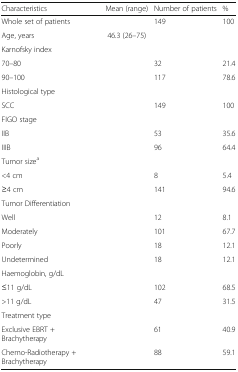
<table><thead><tr><td><b>Characteristics</b></td><td><b>Mean (range)</b></td><td><b>Number of patients</b></td><td><b>%</b></td></tr></thead><tbody><tr><td>Whole set of patients</td><td>[EMPTY_CELL]</td><td>149</td><td>100</td></tr><tr><td>Age, years</td><td>46.3 (26–75)</td><td>[EMPTY_CELL]</td><td>[EMPTY_CELL]</td></tr><tr><td>Karnofsky index</td><td>[EMPTY_CELL]</td><td>[EMPTY_CELL]</td><td>[EMPTY_CELL]</td></tr><tr><td>70–80</td><td>[EMPTY_CELL]</td><td>32</td><td>21.4</td></tr><tr><td>90–100</td><td>[EMPTY_CELL]</td><td>117</td><td>78.6</td></tr><tr><td>Histological type</td><td>[EMPTY_CELL]</td><td>[EMPTY_CELL]</td><td>[EMPTY_CELL]</td></tr><tr><td>SCC</td><td>[EMPTY_CELL]</td><td>149</td><td>100</td></tr><tr><td>FIGO stage</td><td>[EMPTY_CELL]</td><td>[EMPTY_CELL]</td><td>[EMPTY_CELL]</td></tr><tr><td>IIB</td><td>[EMPTY_CELL]</td><td>53</td><td>35.6</td></tr><tr><td>IIIB</td><td>[EMPTY_CELL]</td><td>96</td><td>64.4</td></tr><tr><td>Tumor size<sup>a</sup></td><td>[EMPTY_CELL]</td><td>[EMPTY_CELL]</td><td>[EMPTY_CELL]</td></tr><tr><td>&lt;4 cm</td><td>[EMPTY_CELL]</td><td>8</td><td>5.4</td></tr><tr><td>≥4 cm</td><td>[EMPTY_CELL]</td><td>141</td><td>94.6</td></tr><tr><td>Tumor Differentiation</td><td>[EMPTY_CELL]</td><td>[EMPTY_CELL]</td><td>[EMPTY_CELL]</td></tr><tr><td>Well</td><td>[EMPTY_CELL]</td><td>12</td><td>8.1</td></tr><tr><td>Moderately</td><td>[EMPTY_CELL]</td><td>101</td><td>67.7</td></tr><tr><td>Poorly</td><td>[EMPTY_CELL]</td><td>18</td><td>12.1</td></tr><tr><td>Undetermined</td><td>[EMPTY_CELL]</td><td>18</td><td>12.1</td></tr><tr><td>Haemoglobin, g/dL</td><td>[EMPTY_CELL]</td><td>[EMPTY_CELL]</td><td>[EMPTY_CELL]</td></tr><tr><td>≤11 g/dL</td><td>[EMPTY_CELL]</td><td>102</td><td>68.5</td></tr><tr><td>&gt;11 g/dL</td><td>[EMPTY_CELL]</td><td>47</td><td>31.5</td></tr><tr><td>Treatment type</td><td>[EMPTY_CELL]</td><td>[EMPTY_CELL]</td><td>[EMPTY_CELL]</td></tr><tr><td>Exclusive EBRT + Brachytherapy</td><td>[EMPTY_CELL]</td><td>61</td><td>40.9</td></tr><tr><td>Chemo-Radiotherapy + Brachytherapy</td><td>[EMPTY_CELL]</td><td>88</td><td>59.1</td></tr></tbody></table>